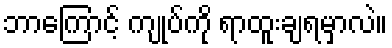
ဘာကြောင့် ကျုပ်ကို ရာထူးချရမှာလဲ။